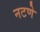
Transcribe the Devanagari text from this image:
नटणे